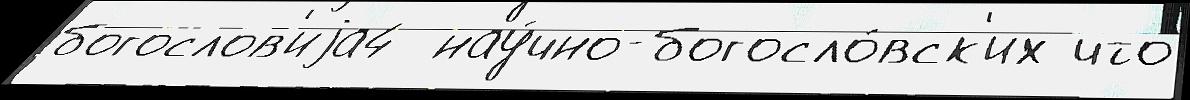
богослов'иjа4  нау́чно-богосло́вск'их что